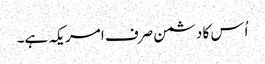
اُس کا دشمن صرف امریکہ ہے۔